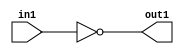

//first module ( Inverter )

module notgate(in1,out1);

input wire in1;
output wire out1;
assign out1=~in1;

endmodule



// second module (And or Inverter )

module AOI(in_A,in_B,in_C,in_D,out);

input wire in_A,in_B,in_C,in_D;
output wire out;

wire in_AB,in_CD;

assign in_AB=in_A & in_B;
assign in_CD=in_C & in_D;
assign out= ~ (in_AB | in_CD);

endmodule



module Mux_main(in_A,in_B,selector,out);

input wire in_A,in_B,selector;
output wire out;
wire selafter,outbefore;

notgate g1(selector,sleafter);

AOI aoi(sleafter,in_A,selector,in_B,outbefore);

notgate g2(outbefore,out);

endmodule


module testbenchofstructuralmux();

reg in1,in2,sel;
wire out1;

Mux_main mux1(in1,in2,sel,out1);


initial 
begin

in1=0;
in2=0;
sel=0;

#5
in1=0;
in2=0;
sel=1;

#5
in1=1;
in2=0;
sel=1;

#5
in1=1;
in2=0;
sel=0;


#5
in1=1;
in2=0;
sel=1;


end



endmodule


// behavioural multiplexer

module behMux(in_1,in_2,selector,out);

input wire in_1,in_2,selector;
output wire out;


assign out=(selector==0)?in_1:in_2;


endmodule

module testbenchbehavmux();

reg in_1,in_2,selector;
wire out;

behMux m1(in_1,in_2,selector,out);

initial 
begin

in_1=0;
in_2=0;
selector=0;
#5
in_1=1;
in_2=0;
selector=0;
#5
in_1=1;
in_2=0;
selector=1;
#5
in_1=0;
in_2=1;
selector=0;

end


endmodule